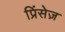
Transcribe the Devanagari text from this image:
प्रिंसेज़